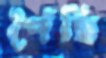
পৈঁছি